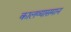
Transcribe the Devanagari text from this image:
कालव्यासमान